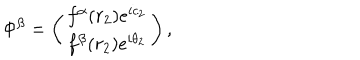
\Phi ^ { \beta } = \left( \begin{array} { c } { { f ^ { \alpha } ( r _ { 2 } ) e ^ { i c _ { 2 } } } } \\ { { f ^ { \beta } ( r _ { 2 } ) e ^ { i \theta _ { 2 } } } } \\ \end{array} \right) ,